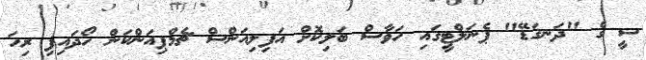
ސީ ގެ "ދަނގަޑޭ" ޕެނަލްޓީގައި ހަވާސް ބަލިކޮށް އަފިލިއަންސް ޗެމްޕިއަންކަން ހޯދައިފި ރިހަ